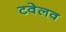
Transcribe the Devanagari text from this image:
टवेलव